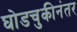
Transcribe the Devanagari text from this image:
घोडचुकीनंतर